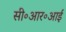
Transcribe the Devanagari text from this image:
सी॰आर॰आई